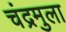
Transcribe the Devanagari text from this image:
चंद्रमुला